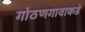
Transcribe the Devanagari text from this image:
गोठणगावाकडे